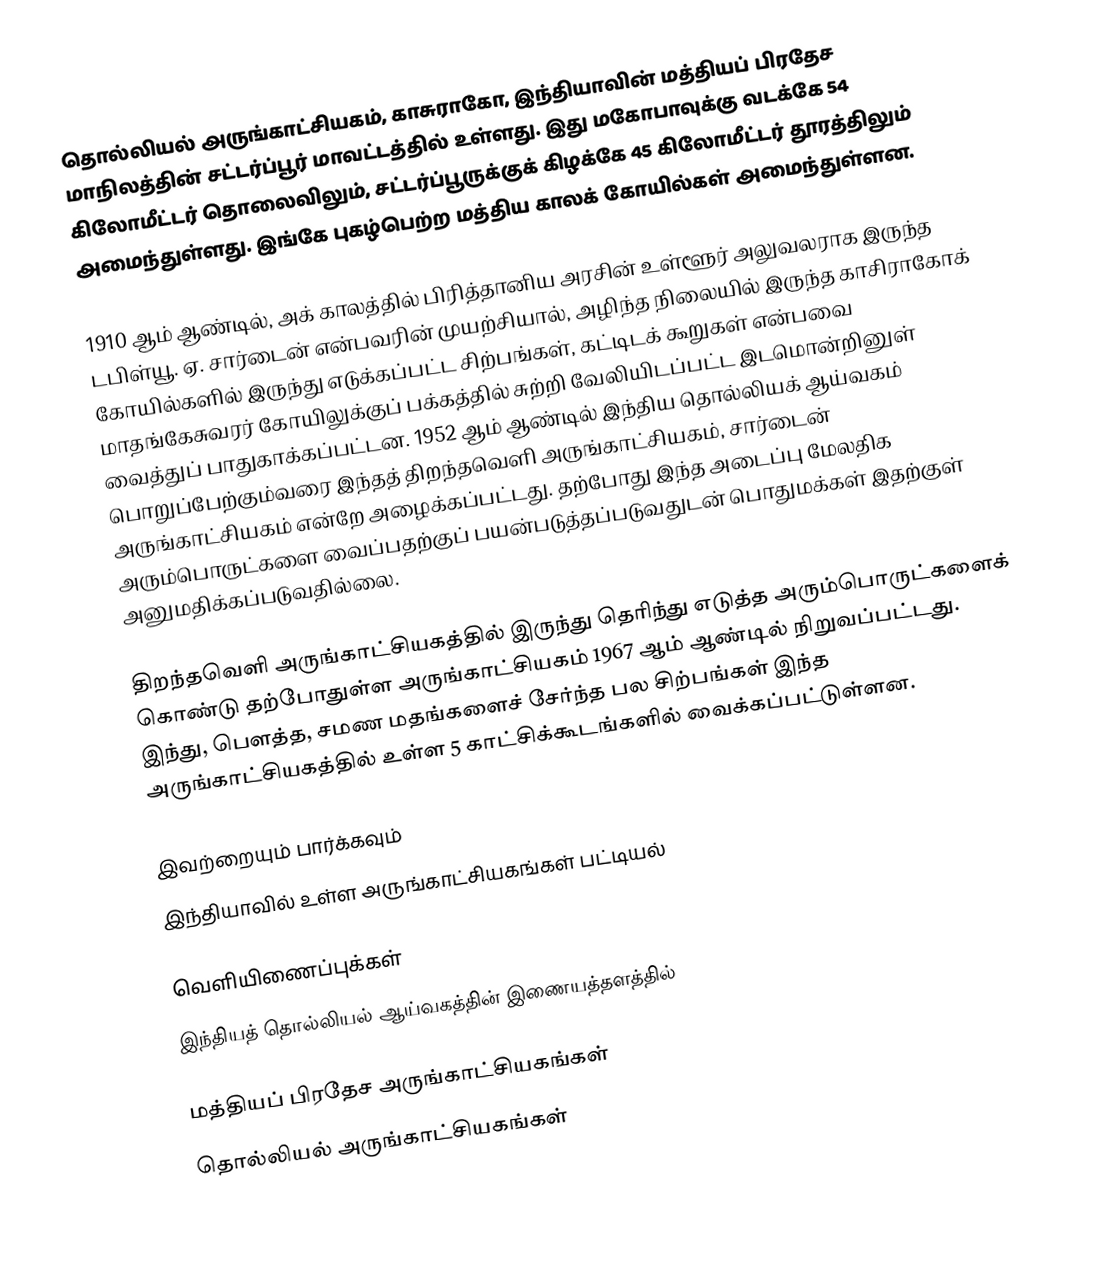
தொல்லியல் அருங்காட்சியகம், காசுராகோ, இந்தியாவின் மத்தியப் பிரதேச மாநிலத்தின் சட்டர்ப்பூர் மாவட்டத்தில் உள்ளது. இது மகோபாவுக்கு வடக்கே 54 கிலோமீட்டர் தொலைவிலும், சட்டர்ப்பூருக்குக் கிழக்கே 45 கிலோமீட்டர் தூரத்திலும் அமைந்துள்ளது. இங்கே புகழ்பெற்ற மத்திய காலக் கோயில்கள் அமைந்துள்ளன.

1910 ஆம் ஆண்டில், அக் காலத்தில் பிரித்தானிய அரசின் உள்ளூர் அலுவலராக இருந்த டபிள்யூ. ஏ. சார்டைன் என்பவரின் முயற்சியால், அழிந்த நிலையில் இருந்த காசிராகோக் கோயில்களில் இருந்து எடுக்கப்பட்ட சிற்பங்கள், கட்டிடக் கூறுகள் என்பவை மாதங்கேசுவரர் கோயிலுக்குப் பக்கத்தில் சுற்றி வேலியிடப்பட்ட இடமொன்றினுள் வைத்துப் பாதுகாக்கப்பட்டன. 1952 ஆம் ஆண்டில் இந்திய தொல்லியக் ஆய்வகம் பொறுப்பேற்கும்வரை இந்தத் திறந்தவெளி அருங்காட்சியகம், சார்டைன் அருங்காட்சியகம் என்றே அழைக்கப்பட்டது. தற்போது இந்த அடைப்பு மேலதிக அரும்பொருட்களை வைப்பதற்குப் பயன்படுத்தப்படுவதுடன் பொதுமக்கள் இதற்குள் அனுமதிக்கப்படுவதில்லை.

திறந்தவெளி அருங்காட்சியகத்தில் இருந்து தெரிந்து எடுத்த அரும்பொருட்களைக் கொண்டு தற்போதுள்ள அருங்காட்சியகம் 1967 ஆம் ஆண்டில் நிறுவப்பட்டது. இந்து, பௌத்த, சமண மதங்களைச் சேர்ந்த பல சிற்பங்கள் இந்த அருங்காட்சியகத்தில் உள்ள 5 காட்சிக்கூடங்களில் வைக்கப்பட்டுள்ளன.

இவற்றையும் பார்க்கவும்
 இந்தியாவில் உள்ள அருங்காட்சியகங்கள் பட்டியல்

வெளியிணைப்புக்கள்
 இந்தியத் தொல்லியல் ஆய்வகத்தின் இணையத்தளத்தில்

மத்தியப் பிரதேச அருங்காட்சியகங்கள்
தொல்லியல் அருங்காட்சியகங்கள்